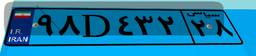
۲۸D۱۵۷۱۹